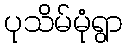
ပုသိမ်မုံရွာ